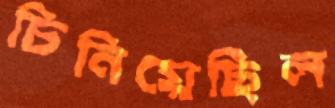
চিনিয়েছিল